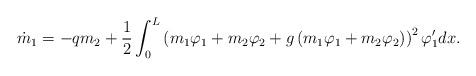
LaTeX: \begin{align*} \dot m_1= -q m_2 + \frac{1}{2} \int_0^L \left(m_1\varphi_1+m_2\varphi_2+g\left(m_1\varphi_1+m_2\varphi_2\right)\right)^2\varphi'_1dx.\end{align*}